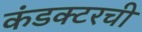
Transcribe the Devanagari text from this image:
कंडक्टरची